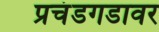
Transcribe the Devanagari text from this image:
प्रचंडगडावर